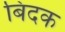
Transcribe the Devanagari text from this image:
बिदक